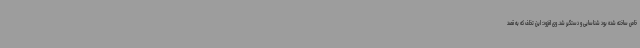
خاص ساخته شده بود شناسایی و دستگیر شد. وی افزود: این تخلف که به قصد